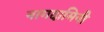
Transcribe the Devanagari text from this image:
नागदामिनी